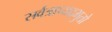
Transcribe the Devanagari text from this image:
सर्वत्राप्यद्भुतो